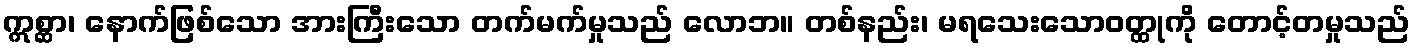
ဣစ္ဆာ၊ နောက်ဖြစ်သော အားကြီးသော တက်မက်မှုသည် လောဘ။ တစ်နည်း၊ မရသေးသောဝတ္ထုကို တောင့်တမှုသည်